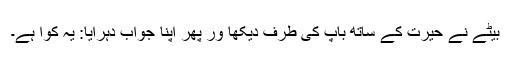
بیٹے نے حیرت کے ساتھ باپ کی طرف دیکھا ور پھر اپنا جواب دُہرایا: یہ کوّا ہے۔